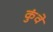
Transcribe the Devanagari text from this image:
कुंवे